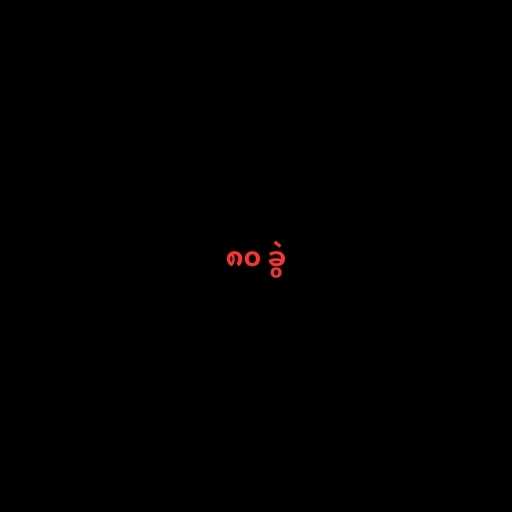
၈၀ ခွဲ